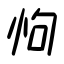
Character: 怐